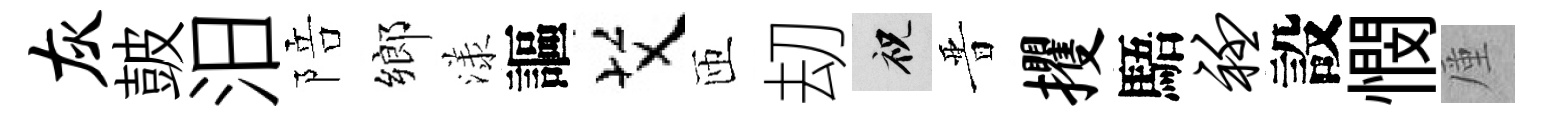
灰皷汨陪鄉漾謳艾匝刧祝晋攫䮏衽設憫厪